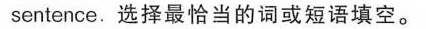
sentence.选择最恰当的词或短语填空.。